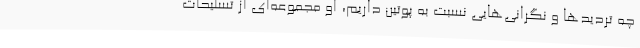
چه تردیدها و نگرانی‌هایی نسبت به پوتین داریم، او مجموعه‌ای از تسلیحات